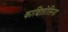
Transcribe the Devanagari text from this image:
कावितोलिना